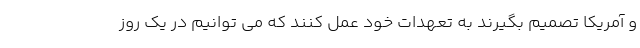
و آمریکا تصمیم بگیرند به تعهدات خود عمل کنند که می توانیم در یک روز